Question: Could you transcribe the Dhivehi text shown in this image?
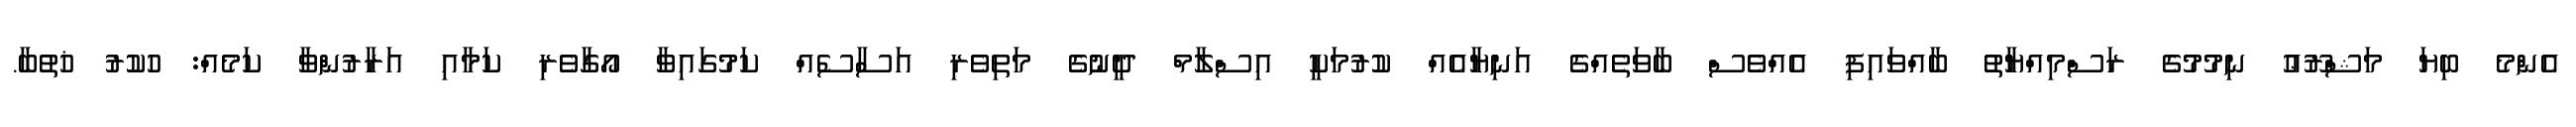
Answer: އެންމެ ބިޔަ މަޝްރޫޢު ނިމުމުގެ ރަސްމިއްޔާތު ބާއްވައިފި އެއްވެސް ބާވަތެއްގެ އަނިޔާއެއް ކުރުމަކީ އިސްލާމް ދީނުގެ މަތިވެރި އަސާސެއް ކަމުގައިވާ އޯގާވެރި ކަމާއި އަރާރުންވާ ކަމެއް: ހުކުރު ޚުތުބާ.